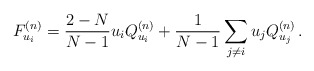
\begin{align*}F_{u_i}^{(n)} = \frac{2-N}{N-1} u_i Q_{u_i}^{(n)} +\frac{1}{N-1} \sum_{j \neq i}u_j Q_{u_j}^{(n)}\,.\end{align*}